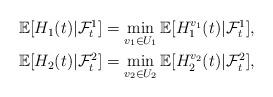
LaTeX: \begin{align*}\begin{aligned}\mathbb{E}[{H}_1(t)|\mathcal{F}_t^1]=\min\limits_{v_1\in U_1}\mathbb{E}[{H}_1^{v_1}(t)|\mathcal{F}_t^1],\\\mathbb{E}[{H}_2(t)|\mathcal{F}_t^2]=\min\limits_{v_2\in U_2}\mathbb{E}[{H}_2^{v_2}(t)|\mathcal{F}_t^2],\end{aligned}\end{align*}